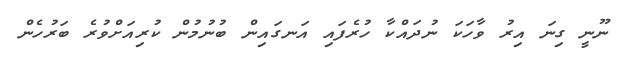
ނޫނީ ގިނަ އިރު ވާހަކަ ނުދައްކާ ހުރެފައި އަނގައިން ބުނުމުން ކުރިއަށްވުރެ ބަރުހެން